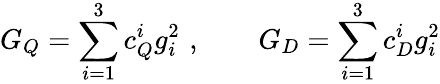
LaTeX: G_{Q}=\sum_{i=1}^{3}c_{Q}^{i}g_{i}^{2}\, \, ,\qquad G_{D}=\sum_{i=1}^{3}c_{D}^{i}g_{i}^{2}